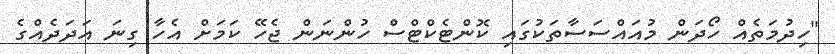
"ހިދުމަތެއް ހޯދަން މުއައްސަސާތަކުގައި ކޮންޓެކްޓްސް ހުންނަން ޖެހޭ ކަމަށް އެހާ ގިނަ އަދަދެއްގެ